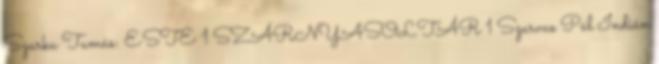
Szarka Tamás: ESTE 1 SZÁRNYASOLTÁR 1 Szarvas Pál Indián